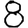
Digit: 8